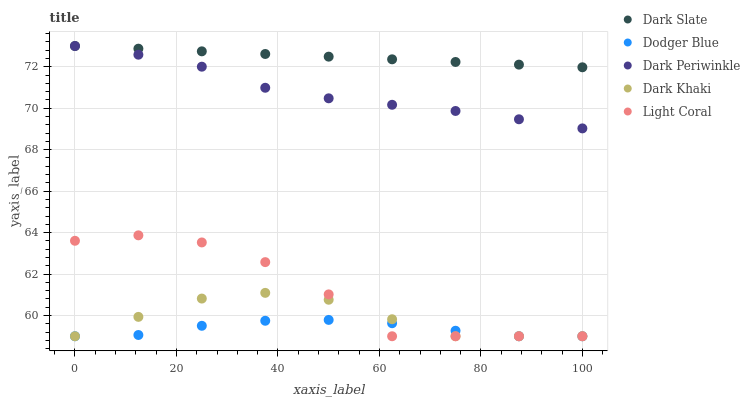
| xaxis_label | Dark Slate | Dodger Blue | Dark Periwinkle | Dark Khaki | Light Coral |
 | --- | --- | --- | --- | --- | --- |
 | 0 | 73 | 59 | 73 | 59 | 63.6 |
 | 12.5 | 72.9 | 59.1 | 72.6 | 59.9 | 63.9 |
 | 25 | 72.7 | 59.5 | 72 | 60.8 | 63.5 |
 | 37.5 | 72.6 | 59.7 | 71 | 61.1 | 62.6 |
 | 50 | 72.5 | 59.8 | 70.5 | 60.8 | 61 |
 | 62.5 | 72.4 | 59.6 | 70.2 | 59.8 | 59 |
 | 75 | 72.2 | 59.3 | 69.9 | 59 | 59 |
 | 87.5 | 72.1 | 59 | 69.5 | 59 | 59 |
 | 100 | 72 | 59 | 69 | 59 | 59 |